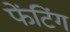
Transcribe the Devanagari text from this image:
फेंटिंग